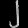
Digit: ၂